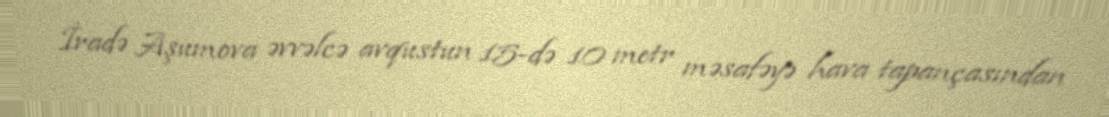
İradə Aşumova əvvəlcə avqustun 15-də 10 metr məsafəyə hava tapançasından